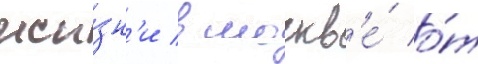
жи́зн'и в москв'е́ о́т